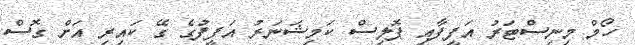
ހޯމް މިނިސްޓަރު އަފީފާއި ޕޮލިސް ކަމިޝަނަރު އަފީފުގެ ގޭ ކައިރި އަށް ގޮސް